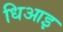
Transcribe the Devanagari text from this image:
धिआइ